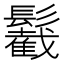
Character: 䰏